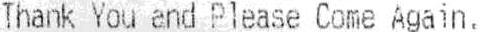
THANK YOU AND PLEASE COME AGAIN.